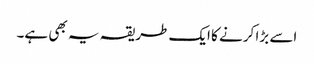
اسے بڑا کرنے کا ایک طریقہ یہ بھی ہے۔